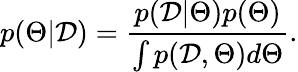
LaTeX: p(\Theta|\mathcal{D})=\frac{p(\mathcal{D}|\Theta)p(\Theta)}{\int p(\mathcal{D},\Theta)d\Theta}.